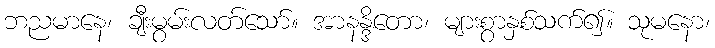
ဘညမာနေ၊ ချီးမွမ်းလတ်သော်။ အာနန္ဒိတော၊ များစွာနှစ်သက်၍။ သုမနော၊